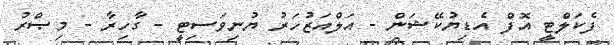
ފެކަލްޓީ އޮފް އެޑިޔުކޭޝަން - އަލްއަޒުހަރު ޔުނިވަސިޓީ - ގާހިރާ - މިޞްރު